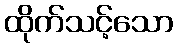
ထိုက်သင့်သော